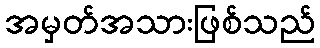
အမှတ်အသားဖြစ်သည်